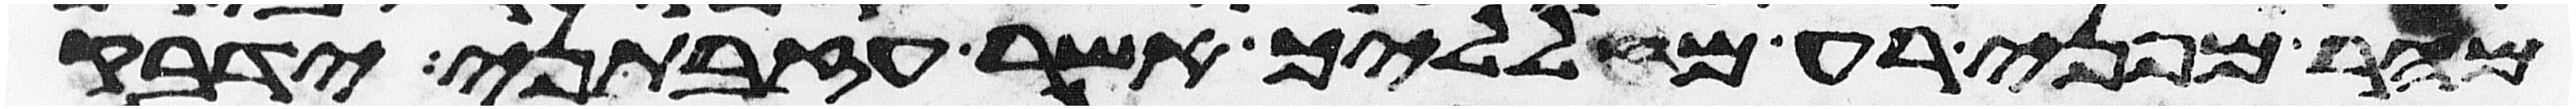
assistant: מהר מפני רע מעלליך אשר עזבתני ידבק